画像に写った文字を読んでください
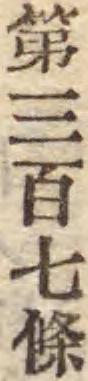
「第三百七條」と書いてあります